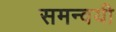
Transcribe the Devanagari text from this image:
समन्वयी